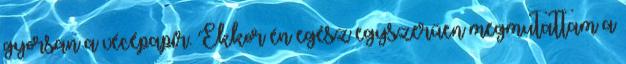
gyorsan a vécépapír. Ekkor én egész egyszerűen megmutattam a